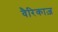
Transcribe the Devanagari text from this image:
वैरिकाज़